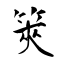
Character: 筴